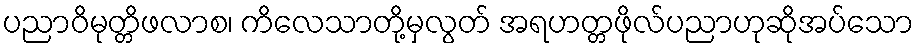
ပညာဝိမုတ္တိဖလာစ၊ ကိလေသာတို့မှလွတ် အရဟတ္တဖိုလ်ပညာဟုဆိုအပ်သော